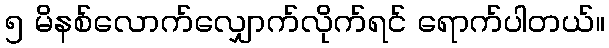
၅ မိနစ်လောက်လျှောက်လိုက်ရင် ရောက်ပါတယ်။